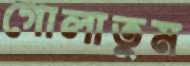
গোলাতুম